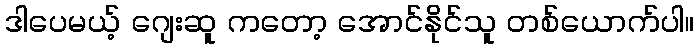
ဒါပေမယ့် ဂျေးဆူ ကတော့ အောင်နိုင်သူ တစ်ယောက်ပါ။